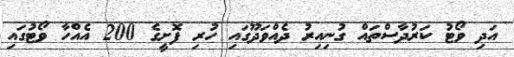
އަދި ވޯޓު ކަރުދާސްތައް ގުނިއިރު ދެއްވަދޫގައި ހުރި ފޮށީގެ 200 އެއްހާ ވޯޓުގައި